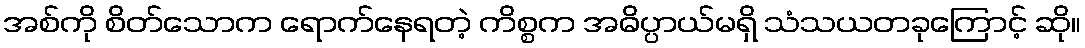
အစ်ကို စိတ်သောက ရောက်နေရတဲ့ ကိစ္စက အဓိပ္ပာယ်မရှိ သံသယတခုကြောင့် ဆို။